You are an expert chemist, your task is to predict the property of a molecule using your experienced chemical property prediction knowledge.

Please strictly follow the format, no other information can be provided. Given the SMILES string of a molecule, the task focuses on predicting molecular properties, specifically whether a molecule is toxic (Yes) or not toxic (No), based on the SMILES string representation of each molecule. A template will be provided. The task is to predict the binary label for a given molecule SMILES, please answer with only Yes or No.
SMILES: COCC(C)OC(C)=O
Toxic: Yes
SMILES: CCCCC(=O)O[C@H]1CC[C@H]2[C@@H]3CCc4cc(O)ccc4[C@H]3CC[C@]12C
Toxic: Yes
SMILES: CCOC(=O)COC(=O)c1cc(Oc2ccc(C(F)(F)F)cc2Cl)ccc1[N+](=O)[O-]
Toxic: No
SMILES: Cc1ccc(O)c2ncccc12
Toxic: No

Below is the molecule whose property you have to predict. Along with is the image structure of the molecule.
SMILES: Cl/C(=C\n1cncn1)c1ccc(Cl)cc1Cl
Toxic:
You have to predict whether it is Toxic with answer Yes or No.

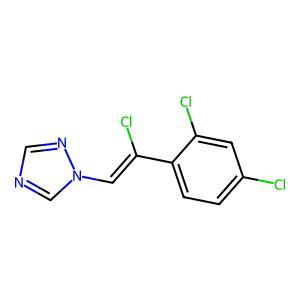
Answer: No